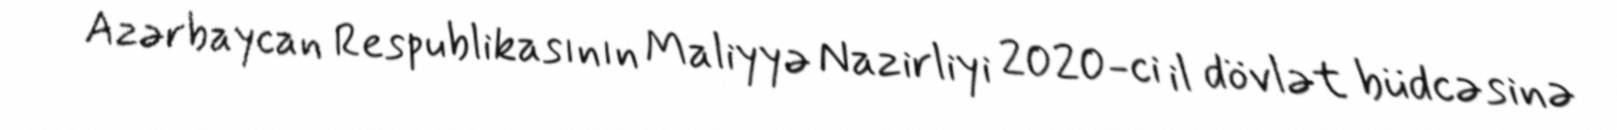
Azərbaycan Respublikasının Maliyyə Nazirliyi 2020-ci il dövlət büdcəsinə